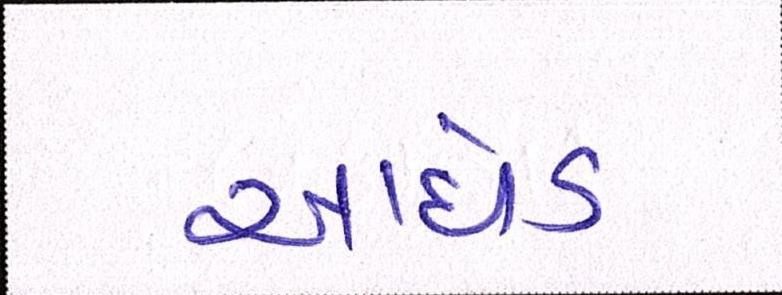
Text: આધેડ